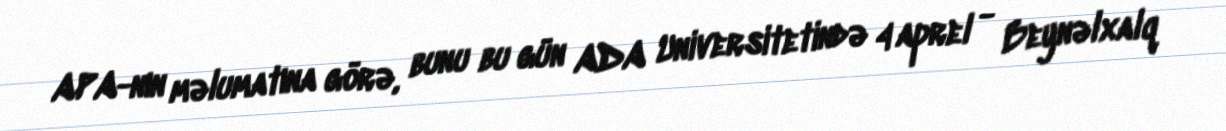
APA-nın məlumatına görə, bunu bu gün ADA Universitetində 4 aprel - Beynəlxalq